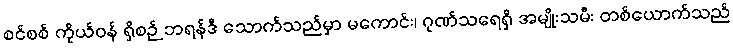
စင်စစ် ကိုယ်ဝန် ရှိစဉ် ဘရန်ဒီ သောက်သည်မှာ မကောင်း၊ ဂုဏ်သရေရှိ အမျိုးသမီး တစ်ယောက်သည်